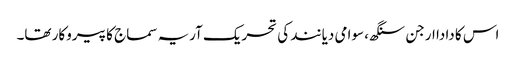
اس کا دادا ارجن سنگھ، سوامی دیانند کی تحریک آریہ سماج کا پیروکار تھا۔